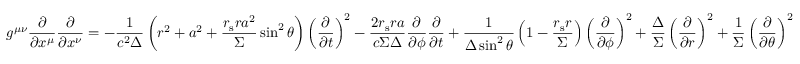
g ^ { \mu \nu } { \frac { \partial } { \partial x ^ { \mu } } } { \frac { \partial } { \partial x ^ { \nu } } } = - { \frac { 1 } { c ^ { 2 } \Delta } } \left( r ^ { 2 } + a ^ { 2 } + { \frac { r _ { \mathrm { s } } r a ^ { 2 } } { \Sigma } } \sin ^ { 2 } \theta \right) \left( { \frac { \partial } { \partial t } } \right) ^ { 2 } - { \frac { 2 r _ { \mathrm { s } } r a } { c \Sigma \Delta } } { \frac { \partial } { \partial \phi } } { \frac { \partial } { \partial { t } } } + { \frac { 1 } { \Delta \sin ^ { 2 } \theta } } \left( 1 - { \frac { r _ { \mathrm { s } } r } { \Sigma } } \right) \left( { \frac { \partial } { \partial \phi } } \right) ^ { 2 } + { \frac { \Delta } { \Sigma } } \left( { \frac { \partial } { \partial r } } \right) ^ { 2 } + { \frac { 1 } { \Sigma } } \left( { \frac { \partial } { \partial \theta } } \right) ^ { 2 }